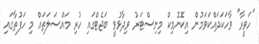
"ހަވީރާ" ވާހަކަދައްކަވަމުން އިކޮނޮމިކް މިނިސްޓަރު ވިދާޅުވީ ބަޖެޓްގައި ހުރި މައްސަލަތައް މި ހަފުތާގައި